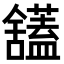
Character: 𫇙